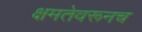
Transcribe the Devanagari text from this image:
क्षमतेवरूनच